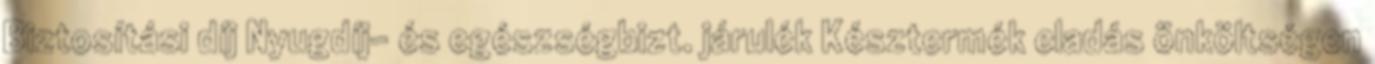
Biztosítási díj Nyugdíj- és egészségbizt. járulék Késztermék eladás önköltségen